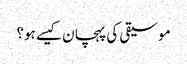
موسیقی کی پہچان کیسے ہو؟